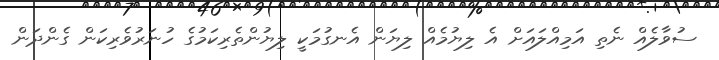
ސުވާލެއް ނެތި އަމިއްލައަށް އެ ލިޔުމެއް ލިޔަން އެނގުމަކީ ލިޔުންތެރިކަމުގެ ހުނަރުވެރިކަން ގެންދަން